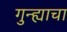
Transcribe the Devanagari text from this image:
गुन्ह्याचा